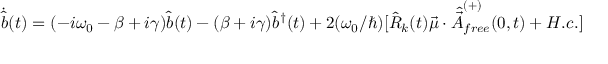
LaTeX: { \dot { \hat { b } } } ( t ) = ( - i \omega _ { 0 } - \beta + i \gamma ) { \hat { b } } ( t ) - ( \beta + i \gamma ) { \hat { b } } ^ { \dagger } ( t ) + 2 ( \omega _ { 0 } / \hbar ) [ { \hat { R } } _ { k } ( t ) { \vec { \mu } } \cdot { \hat { \vec { A } } } _ { f r e e } ^ { ( + ) } ( 0 , t ) + H . c . ]